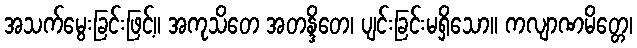
အသက်မွေးခြင်းဖြင့်။ အကုသိတေ အတန္ဒိတေ၊ ပျင်းခြင်းမရှိသော။ ကလျာဏမိတ္တေ၊